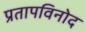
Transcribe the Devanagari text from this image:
प्रतापविनोद